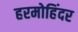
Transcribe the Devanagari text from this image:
हरमोहिंदर